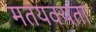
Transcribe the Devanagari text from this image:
मतयक्यता